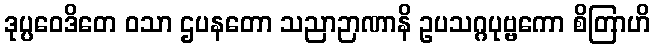
ဒုပ္ပဝေဒိတေ ဝသာ ဌပနတော သညာဉာဏာနိ ဥပသဂ္ဂပုဗ္ဗကော စိတြာဟိ